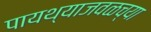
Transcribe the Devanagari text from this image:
पायथ्याजवळच्या